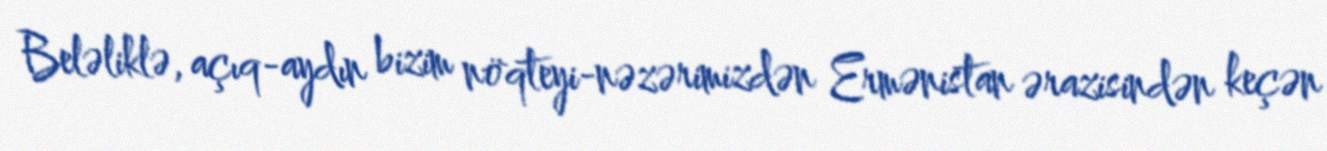
Beləliklə, açıq-aydın bizim nöqteyi-nəzərimizdən Ermənistan ərazisindən keçən